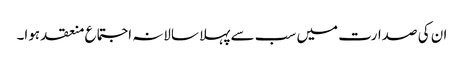
ان کی صدارت میں سب سے پہلا سالانہ اجتماع منعقد ہوا۔